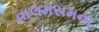
વાલમરામના